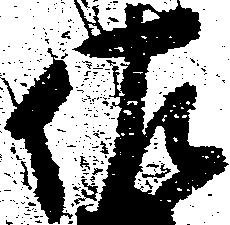
佐